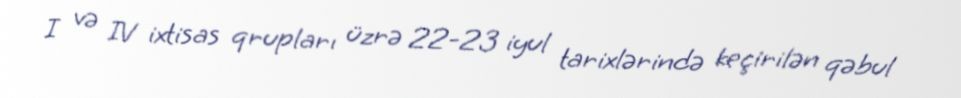
I və IV ixtisas qrupları üzrə 22-23 iyul tarixlərində keçirilən qəbul